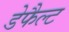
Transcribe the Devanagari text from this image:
डेफैल्ट